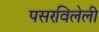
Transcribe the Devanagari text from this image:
पसरविलेली